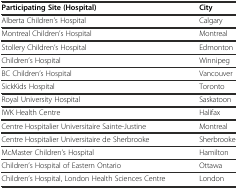
<table><thead><tr><td><b>Participating Site (Hospital)</b></td><td><b>City</b></td></tr></thead><tbody><tr><td>Alberta Children’s Hospital</td><td>Calgary</td></tr><tr><td>Montreal Children’s Hospital</td><td>Montreal</td></tr><tr><td>Stollery Children’s Hospital</td><td>Edmonton</td></tr><tr><td>Children’s Hospital</td><td>Winnipeg</td></tr><tr><td>BC Children’s Hospital</td><td>Vancouver</td></tr><tr><td>SickKids Hospital</td><td>Toronto</td></tr><tr><td>Royal University Hospital</td><td>Saskatoon</td></tr><tr><td>IWK Health Centre</td><td>Halifax</td></tr><tr><td>Centre Hospitalier Universitaire Sainte-Justine</td><td>Montreal</td></tr><tr><td>Centre Hospitalier Universitaire de Sherbrooke</td><td>Sherbrooke</td></tr><tr><td>McMaster Children’s Hospital</td><td>Hamilton</td></tr><tr><td>Children’s Hospital of Eastern Ontario</td><td>Ottawa</td></tr><tr><td>Children’s Hospital, London Health Sciences Centre</td><td>London</td></tr></tbody></table>